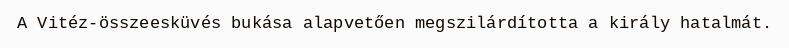
A Vitéz-összeesküvés bukása alapvetően megszilárdította a király hatalmát.